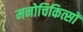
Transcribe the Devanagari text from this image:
मनोचिकित्सों